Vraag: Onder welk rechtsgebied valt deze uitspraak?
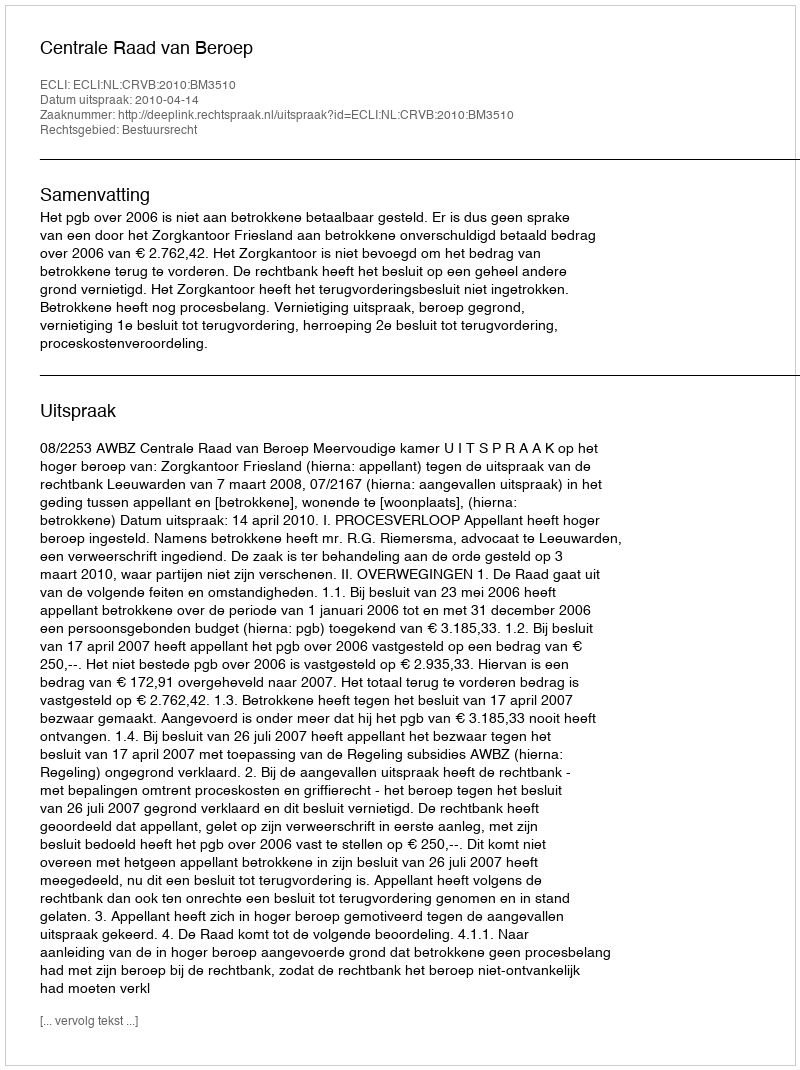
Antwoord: Bestuursrecht